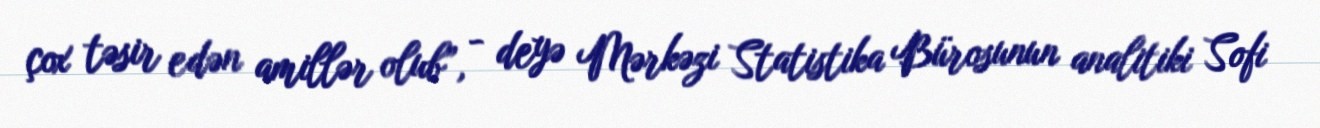
çox təsir edən amillər olub”, - deyə Mərkəzi Statistika Bürosunun analitiki Sofi